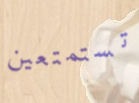
تستمتعين